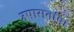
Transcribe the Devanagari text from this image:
उपासनांचा